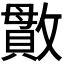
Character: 𫿖